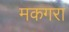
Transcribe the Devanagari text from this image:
मकगरा